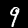
Label: 9